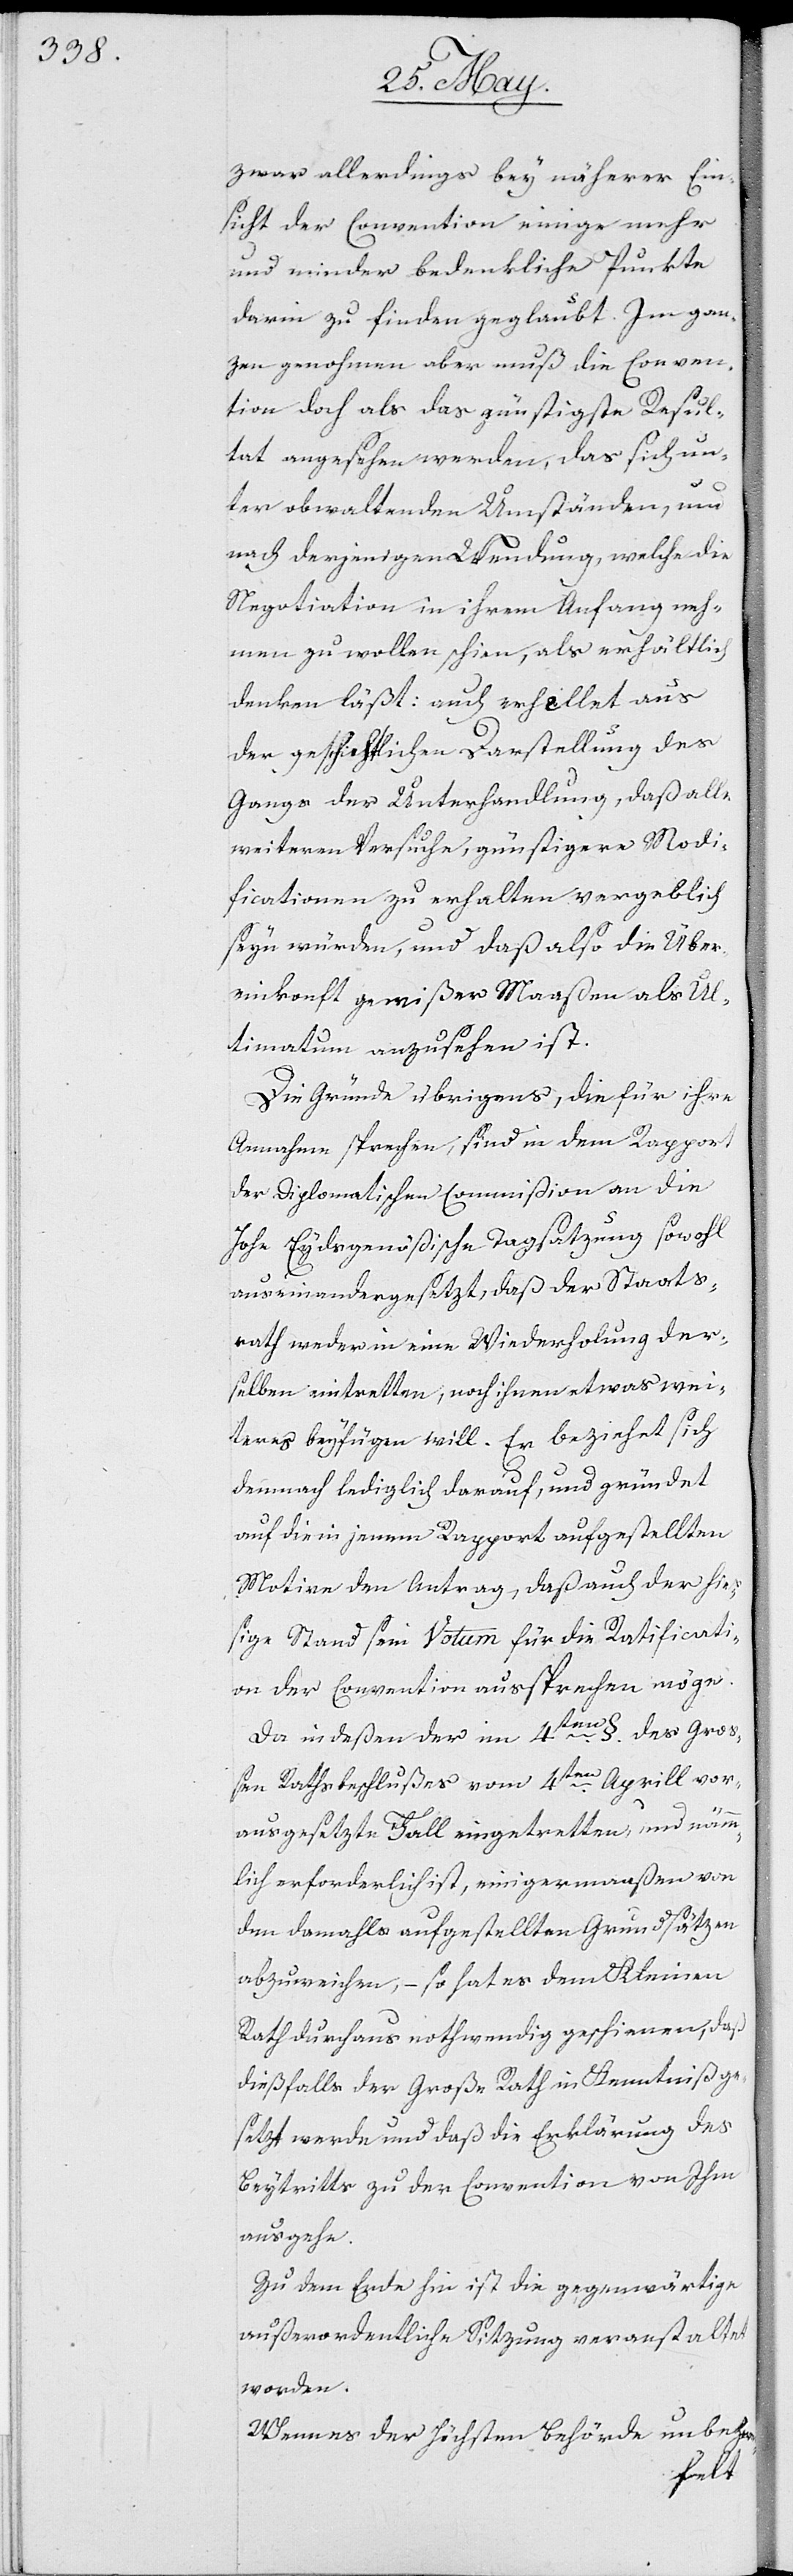
zwar allerdings bey näherer Ein¬
sicht der Convention einige mehr
und minder bedenkliche Punkte
darin zu finden geglaubt. Im gan¬
zen genohmen aber muß die Conven¬
tion doch als das günstigste Resul¬
tat angesehen werden, das sich un¬
ter obwaltenden Umständen, und
nach derjenigen Wendung, welche die
Negotiation in ihrem Anfang neh¬
men zu wollen schien, als erhältlich
denken läßt: auch erhellt aus
der geschichtlichen Darstellung des
Gangs der Unterhandlung, daß alle
weiteren Versuche, günstige Noti¬
ficationen zu erhalten vergeblich
seyn würden, und daß also die Über¬
einkunft gewißer Maaßen als Ul¬
timatum anzusehen ist.
Die Gründe übrigens, die für ihre
Annahme sprechen, sind in dem Rapport
der Diplomatischen Commißion an die
Hohe Eydsgenößische Tagsatzung sowohl
auseinandergesetzt, daß der Staats¬
rath weder in eine Wiederholung der¬
selben eintretten, noch ihnen etwas wei¬
teres beyfügen will. Er bezieht sich
demnach lediglich darauf, und gründet
auf die in jenem Rapport aufgestellten
Motive den Antrag, daß auch der hie¬
ßige Stand sein Votum für die Ratificati¬
on der Convention aussprechen möge.
§. des Groß¬
Da indeßen der im 4ten
en Rathsbeschlußes vom 4ten Aprill vor¬
ausgesetzte Fall eingetretten, und nämm¬
lich erforderlich ist, einigermaßen von
den damahls aufgestellten Grundsätzen
abzuweichen, – so hat es dem Kleinen
Rath durchaus nothwendig geschienen, daß
dießfalls der Große Rath in Kenntniß ge¬
setzt werden und daß die Erklärung des
Beytritts zu der Convention von Ihm
ausgehe.
Zu dem Ende hin ist die gegenwärtige
außerordentliche Sitzung veranstaltet
worden.
Wenn es der Höchsten Behörde unbezwei-